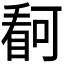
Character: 𭿋